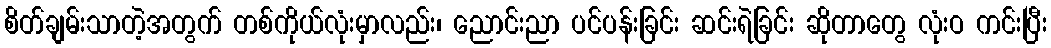
စိတ်ချမ်းသာတဲ့အတွက် တစ်ကိုယ်လုံးမှာလည်း၊ ညောင်းညာ ပင်ပန်းခြင်း ဆင်းရဲခြင်း ဆိုတာတွေ လုံးဝ ကင်းပြီး